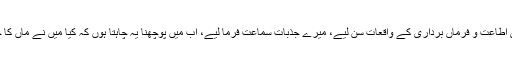
آپ نے میری اطاعت و فرماں برداری کے واقعات سن لیے، میرے جذبات سماعت فرما لیے، اب میں پوچھنا یہ چاہتا ہوں کہ کیا میں نے ماں کا حق ادا کردیا؟